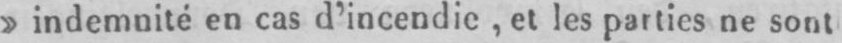
»indemnité en cas d’incendie, et les parties ne sont